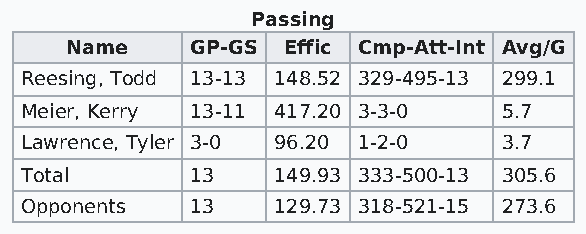
Passing
 Name     GP-GS Effic Cmp-Att-Int Avg/G
 Reesing, Todd 13-13 148.52 329-495-13 299.1
 Meier, Kerry 13-11 417.20 3-3-0 5.7
 Lawrence, Tyler 3-0 96.20 1-2-0 3.7
 Total       13   149.93 333-500-13 305.6
 Opponents   13   129.73 318-521-15 273.6